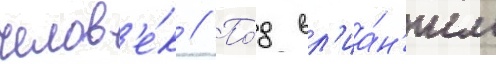
челов'е́к // По́д вл'иа́н'ием